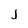
Character: j